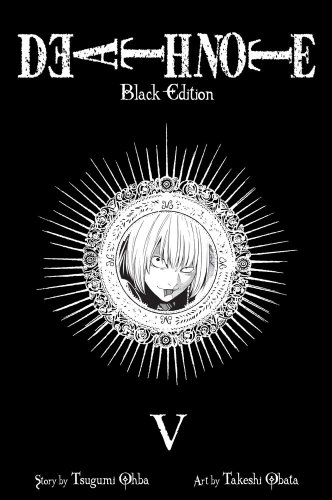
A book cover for Death Note Black Edition, Vol. 5; Tsugumi Ohba; Comics & Graphic Novels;